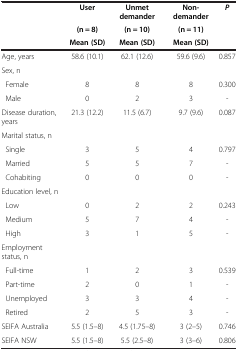
<table><thead><tr><td rowspan="3"><b> </b></td><td><b>User</b></td><td><b>Unmet demander</b></td><td><b>Non-demander</b></td><td rowspan="3"><b><i>P</i></b></td></tr><tr><td><b>(n = 8)</b></td><td><b>(n = 10)</b></td><td><b>(n = 11)</b></td></tr><tr><td><b>Mean (SD)</b></td><td><b>Mean (SD)</b></td><td><b>Mean (SD)</b></td></tr></thead><tbody><tr><td>Age, years</td><td>58.6 (10.1)</td><td>62.1 (12.6)</td><td>59.6 (9.6)</td><td>0.857</td></tr><tr><td>Sex, n</td><td> </td><td> </td><td> </td><td> </td></tr><tr><td> Female</td><td>8</td><td>8</td><td>8</td><td>0.300</td></tr><tr><td> Male</td><td>0</td><td>2</td><td>3</td><td>-</td></tr><tr><td>Disease duration, years</td><td>21.3 (12.2)</td><td>11.5 (6.7)</td><td>9.7 (9.6)</td><td>0.087</td></tr><tr><td>Marital status, n</td><td> </td><td> </td><td> </td><td> </td></tr><tr><td> Single</td><td>3</td><td>5</td><td>4</td><td>0.797</td></tr><tr><td> Married</td><td>5</td><td>5</td><td>7</td><td>-</td></tr><tr><td> Cohabiting</td><td>0</td><td>0</td><td>0</td><td>-</td></tr><tr><td>Education level, n</td><td> </td><td> </td><td> </td><td> </td></tr><tr><td> Low</td><td>0</td><td>2</td><td>2</td><td>0.243</td></tr><tr><td> Medium</td><td>5</td><td>7</td><td>4</td><td>-</td></tr><tr><td> High</td><td>3</td><td>1</td><td>5</td><td>-</td></tr><tr><td>Employment status, n</td><td> </td><td> </td><td> </td><td> </td></tr><tr><td> Full-time</td><td>1</td><td>2</td><td>3</td><td>0.539</td></tr><tr><td> Part-time</td><td>2</td><td>0</td><td>1</td><td>-</td></tr><tr><td> Unemployed</td><td>3</td><td>3</td><td>4</td><td>-</td></tr><tr><td> Retired</td><td>2</td><td>5</td><td>3</td><td>-</td></tr><tr><td>SEIFA Australia</td><td>5.5 (1.5–8)</td><td>4.5 (1.75–8)</td><td>3 (2–5)</td><td>0.746</td></tr><tr><td>SEIFA NSW</td><td>5.5 (1.5–8)</td><td>5.5 (2.5–8)</td><td>3 (3–6)</td><td>0.806</td></tr></tbody></table>